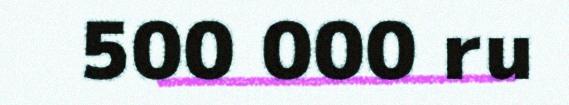
500 000 ru